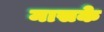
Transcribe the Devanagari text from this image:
मासके